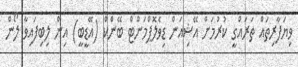
ވިޔަފާރިތައް ތަރައްގީ ކުރުމަށް އޭޝިއަން ޑިވެލޮޕްމަންޓް ބޭންކް (އޭޑީބީ) އިން ލިބިފައިވާ ލޯން